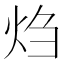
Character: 𬊂